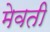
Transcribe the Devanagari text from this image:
मेवती